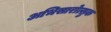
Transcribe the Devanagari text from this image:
अभिसारोत्सुक